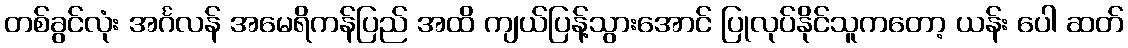
တစ်ခွင်လုံး အင်္ဂလန် အမေရိကန်ပြည် အထိ ကျယ်ပြန့်သွားအောင် ပြုလုပ်နိုင်သူကတော့ ယန်း ပေါ ဆတ်